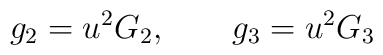
g_{2}=u^{2}G_{2}, \qquad  g_{3}=u^{2}G_{3}